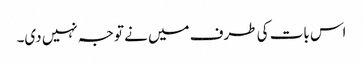
اس بات کی طرف میں نے توجہ نہیں دی۔